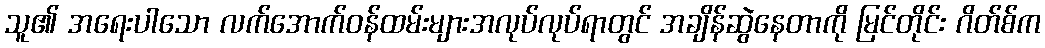
သူ၏ အရေးပါသော လက်အောက်ဝန်ထမ်းများအလုပ်လုပ်ရာတွင် အချိန်ဆွဲနေတာကို မြင်တိုင်း ဂိတ်စ်က